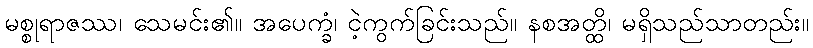
မစ္စုရာဇဿ၊ သေမင်း၏။ အပေက္ခံ၊ ငဲ့ကွက်ခြင်းသည်။ နစအတ္ထိ၊ မရှိသည်သာတည်း။